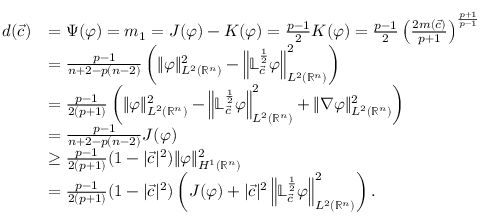
\begin{array} { r l } { d ( \vec { c } ) } & { = \Psi ( \varphi ) = m _ { 1 } = J ( \varphi ) - K ( \varphi ) = \frac { p - 1 } { 2 } K ( \varphi ) = \frac { p - 1 } { 2 } \left( \frac { 2 m ( \vec { c } ) } { p + 1 } \right) ^ { \frac { p + 1 } { p - 1 } } } \\ & { = \frac { p - 1 } { n + 2 - p ( n - 2 ) } \left( \| \varphi \| _ { L ^ { 2 } ( { \mathbb { R } ^ { n } } ) } ^ { 2 } - \left\| \mathbb { L } _ { \vec { c } } ^ { \frac 1 2 } \varphi \right\| _ { L ^ { 2 } ( { \mathbb { R } ^ { n } } ) } ^ { 2 } \right) } \\ & { = \frac { p - 1 } { 2 ( p + 1 ) } \left( \| \varphi \| _ { L ^ { 2 } ( { \mathbb { R } ^ { n } } ) } ^ { 2 } - \left\| \mathbb { L } _ { \vec { c } } ^ { \frac 1 2 } \varphi \right\| _ { L ^ { 2 } ( { \mathbb { R } ^ { n } } ) } ^ { 2 } + \| \nabla \varphi \| _ { L ^ { 2 } ( { \mathbb { R } ^ { n } } ) } ^ { 2 } \right) } \\ & { = \frac { p - 1 } { n + 2 - p ( n - 2 ) } J ( \varphi ) } \\ & { \geq \frac { p - 1 } { 2 ( p + 1 ) } ( 1 - | { \vec { c } } | ^ { 2 } ) \| \varphi \| _ { H ^ { 1 } ( { \mathbb { R } ^ { n } } ) } ^ { 2 } } \\ & { = \frac { p - 1 } { 2 ( p + 1 ) } ( 1 - | { \vec { c } } | ^ { 2 } ) \left( J ( \varphi ) + | { \vec { c } } | ^ { 2 } \left\| \mathbb { L } _ { \vec { c } } ^ { \frac 1 2 } \varphi \right\| _ { L ^ { 2 } ( { \mathbb { R } ^ { n } } ) } ^ { 2 } \right) . } \end{array}